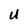
Character: U